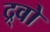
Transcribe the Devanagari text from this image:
द्र्वो